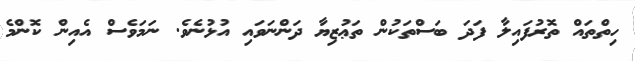
ހިތްތައް ތޮރުފައިލާ ފަދަ ބަސްތަކުން ތަޢުޒިޔާ ދަންނަވައި އުޅުނެވެ. ނަމަވެސް އެއިން ކޮންމެ